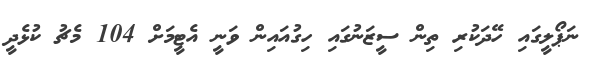
ނަޕޯލީގައި ހޭދަކުރި ތިން ސީޒަނުގައި ހިގުއައިން ވަނީ އެޓީމަށް 104 މެޗު ކުޅެދީ